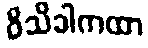
ဝိသိခါကထာ